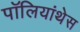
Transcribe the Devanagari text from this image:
पॉलियांथेस